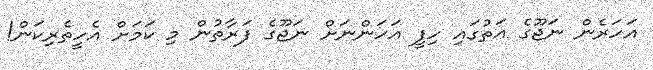
އަހަރެން ނަޖޫގެ އަތުގައި ހިފީ އަހަންނަށް ނަޖޫގެ ފަރާތުން މި ކަމަށް އެހީތެރިކަން!